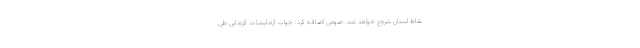
نقاط استان شروع خواهد شد. صومی اضافه کرد: جواب آزمایشات کرونایی طی